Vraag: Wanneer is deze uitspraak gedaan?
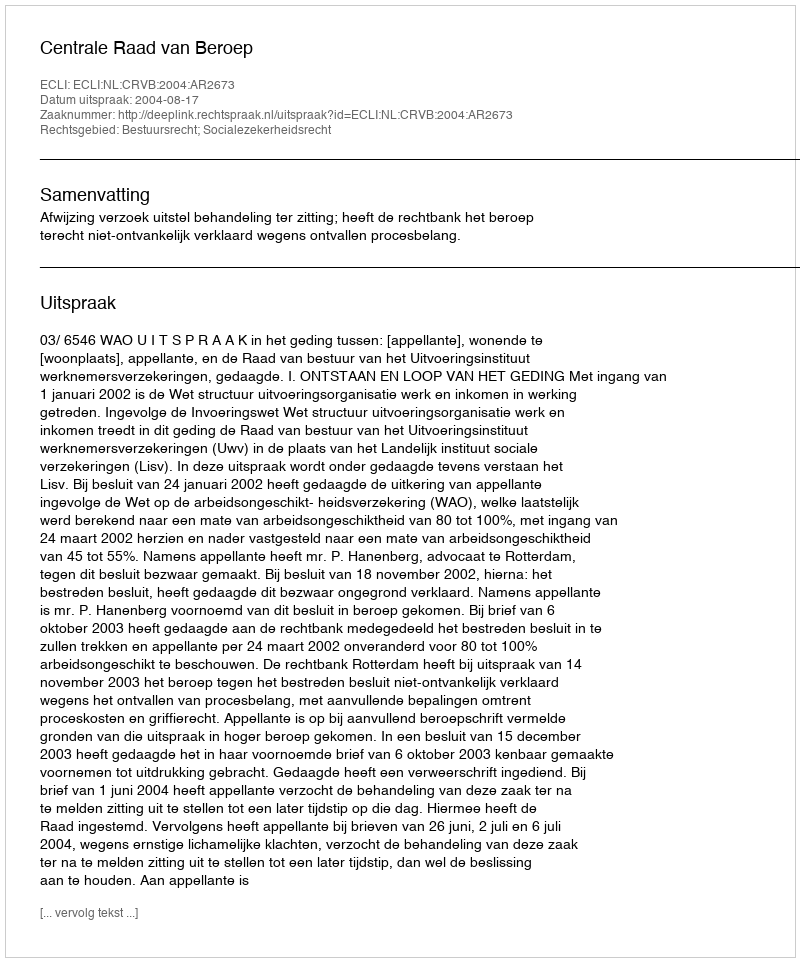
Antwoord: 2004-08-17